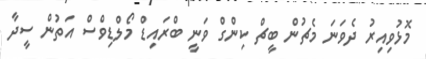
މޮޅުވިއިރު ދެވަނަ މެޗުން ބީޗް ކިންގް ވަނީ ބްރައިޑް މޯލްޑިވްސް އަތުން ސީދާ